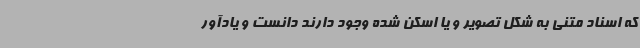
که اسناد متنی به شکل تصویر و یا اسکن شده وجود دارند دانست و یادآور